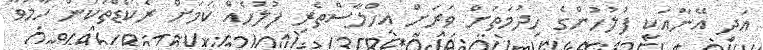
އަދި އޭނާއަކީ ފުލުހުންގެ ހިދުމަތަށް ވަރަށް އިހްލާސްތެރި ފުލުހެއް ކަމަށް ރެކޯޑްތަކުން ހާމަވާ